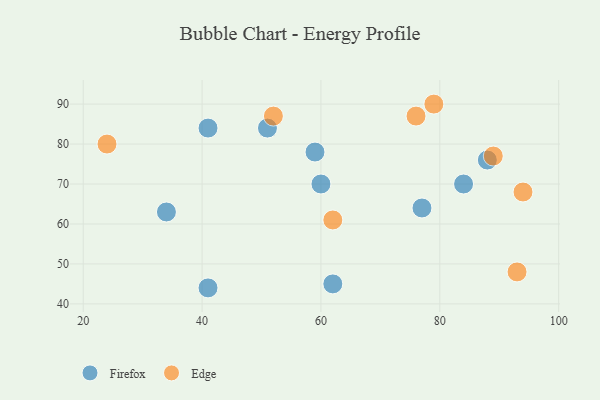
{"axis": {"x": "GDP", "y": "Life Expectancy"}, "legend": ["Edge", "Firefox"], "data": [{"x": "41", "y": 84, "type": "Firefox"}, {"x": "51", "y": 84, "type": "Firefox"}, {"x": "77", "y": 64, "type": "Firefox"}, {"x": "60", "y": 70, "type": "Firefox"}, {"x": "34", "y": 63, "type": "Firefox"}, {"x": "41", "y": 44, "type": "Firefox"}, {"x": "59", "y": 78, "type": "Firefox"}, {"x": "62", "y": 45, "type": "Firefox"}, {"x": "84", "y": 70, "type": "Firefox"}, {"x": "88", "y": 76, "type": "Firefox"}, {"x": "79", "y": 90, "type": "Edge"}, {"x": "62", "y": 61, "type": "Edge"}, {"x": "52", "y": 87, "type": "Edge"}, {"x": "94", "y": 68, "type": "Edge"}, {"x": "24", "y": 80, "type": "Edge"}, {"x": "89", "y": 77, "type": "Edge"}, {"x": "76", "y": 87, "type": "Edge"}, {"x": "93", "y": 48, "type": "Edge"}]}